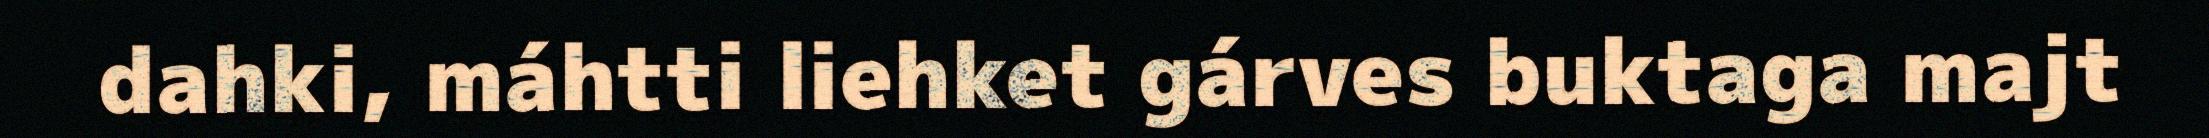
dahki, máhtti liehket gárves buktaga majt